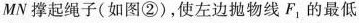
MN撑起绳子(如图②)，使左边抛物线F_{1}的最低